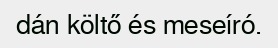
dán költő és meseíró.